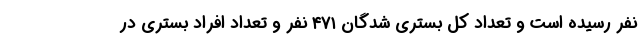
نفر رسیده است و تعداد کل بستری شدگان ۴۷۱ نفر و تعداد افراد بستری در